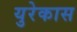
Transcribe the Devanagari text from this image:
युरेकास